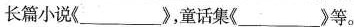
长篇小说《______)，童话集(______》等。